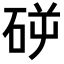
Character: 𥑺